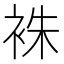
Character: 袾